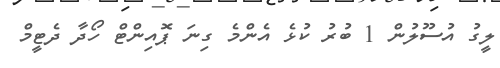
ލީގު އުސޫލުން 1 ބުރު ކުޅެ އެންމެ ގިނަ ޕޮއިންޓް ހޯދާ ދެޓީމް